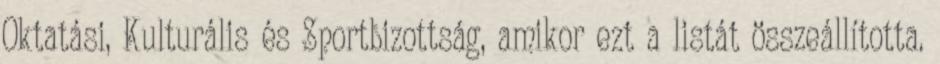
Oktatási, Kulturális és Sportbizottság, amikor ezt a listát összeállította.